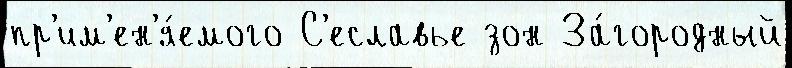
пр'им'ен'я́емого С'еславье зон За́городный